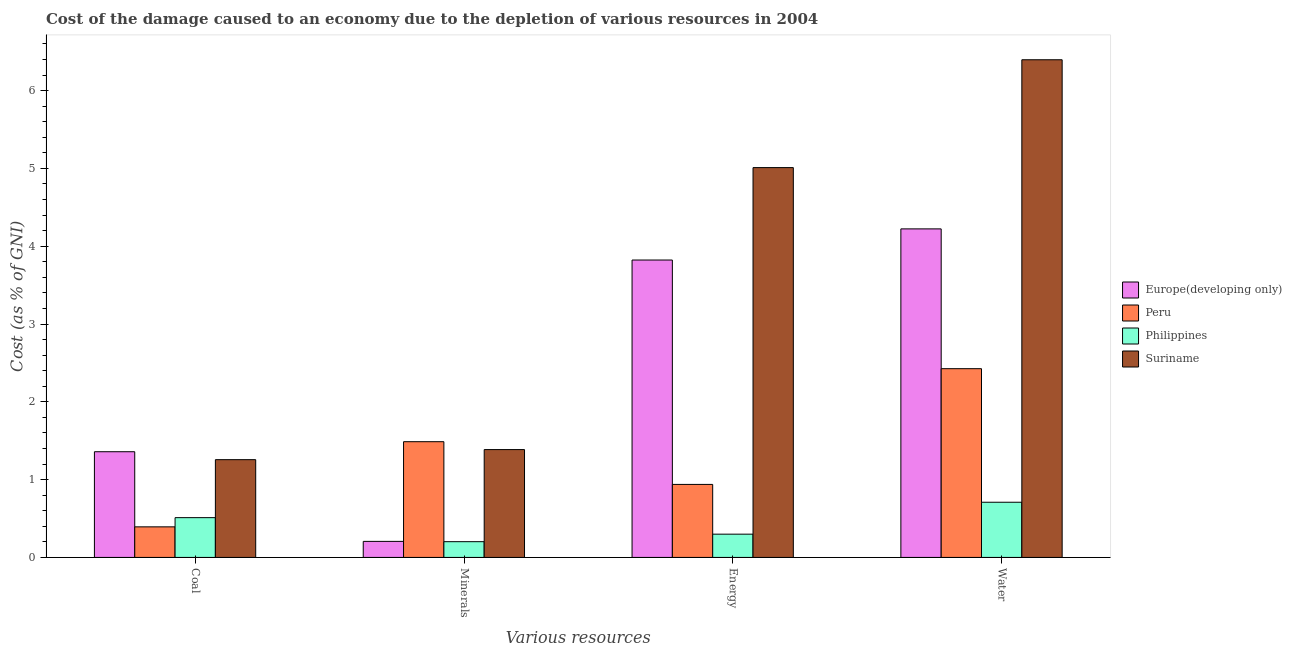
| Various resources | Europe(developing only) | Peru | Philippines | Suriname |
 | --- | --- | --- | --- | --- |
 | Coal | 1.36 | 0.393 | 0.511 | 1.26 |
 | Minerals | 0.206 | 1.49 | 0.202 | 1.39 |
 | Energy | 3.82 | 0.938 | 0.299 | 5.01 |
 | Water | 4.22 | 2.43 | 0.709 | 6.4 |